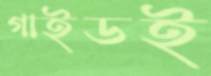
গাইডই